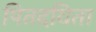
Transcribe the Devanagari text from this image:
पितदयिता